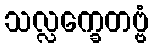
သလ္လက္ခေတဗ္ဗံ